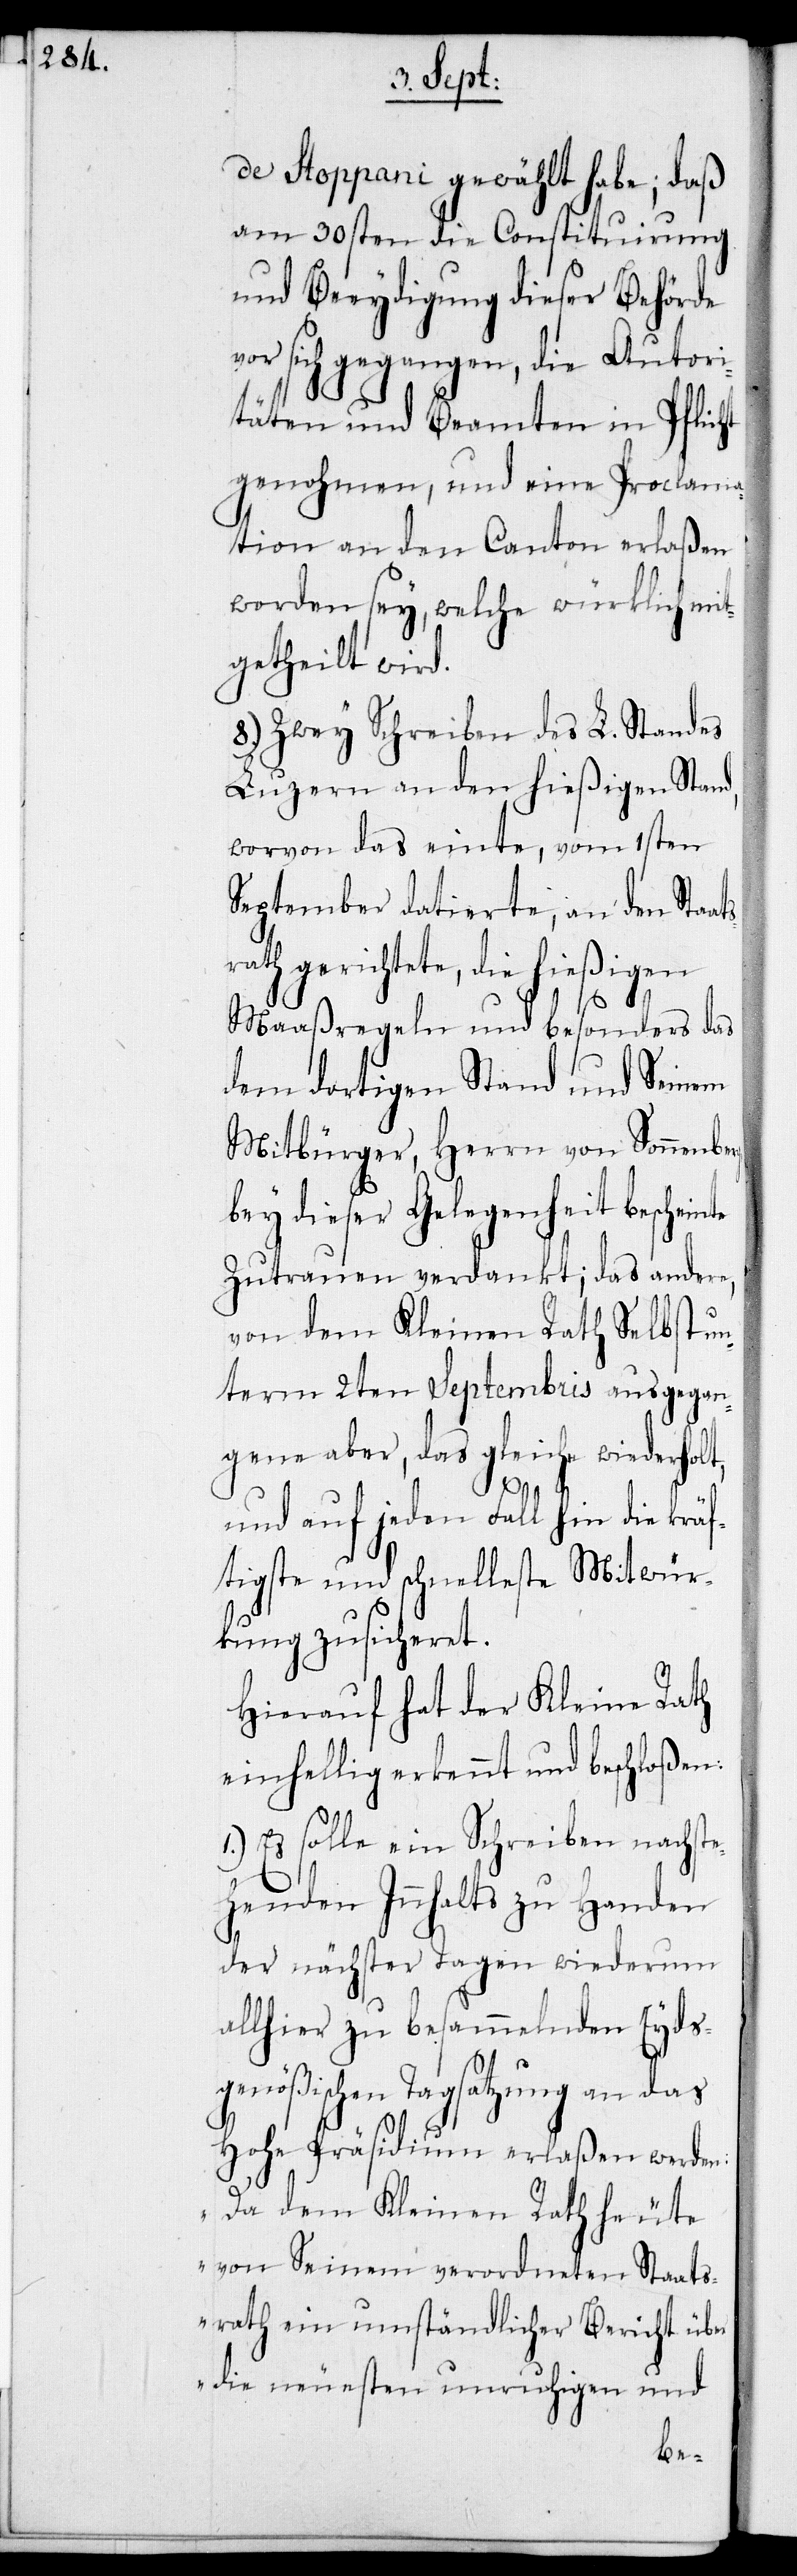
de Stoppani gewählt habe; daß
am 30sten die Constituirung
und Beeydigung dieser Behörde
vor sich gegangen, die Autori¬
täten und Beamten in Pflicht
genohmen, und eine Proclama¬
tion an den Canton erlaßen
worden sey, welche würklich mit¬
getheilt wird.
8.) Zwey Schreiben des L. Standes
Luzern an den hießigen Stand,
worvon das einte, vom 1sten
September datierte, an den Staa¬
rath gerichtete, die hießigen
Maaßregeln und besonders das
dem dortigen Stand und Seinem
Mitbürger, Herrn von Sonnenberg
bey dieser Gelegenheit bescheinte
Zutrauen verdankt; das andere,
von dem Kleinen Rath Selbst un¬
term 2ten Septembris ausgegan¬
gene aber, das gleiche wiederholt,
ts¬
und auf jeden Fall hin die kräf¬
tigste und schnelleste Mitwür¬
kung zusicheret.
Hierauf hat der Kleine Rath
einhellig erkannt und beschloßen:
Es solle ein Schreiben nachst¬
ehenden Innhalts zu Handen
der nächster Tagen wiederum
allhier zu besammelnden Eyds¬
genößischen Tagsatzung an das
Hohe Präsidium erlaßen werden:
„Da dem Kleinen Rath heute
von Seinem verordneten Staats¬
rath ein umständlicher Bericht über
die neuesten unruhigen und